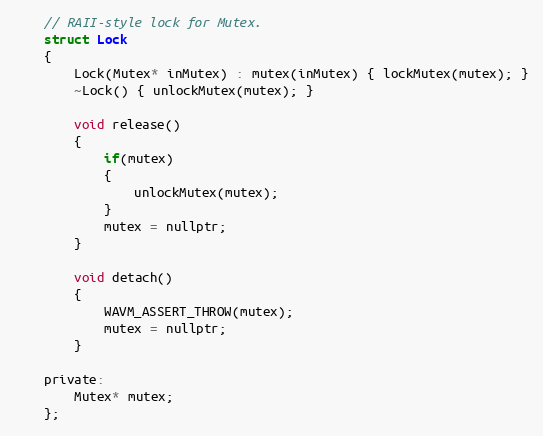
Language: C
	// RAII-style lock for Mutex.
	struct Lock
	{
		Lock(Mutex* inMutex) : mutex(inMutex) { lockMutex(mutex); }
		~Lock() { unlockMutex(mutex); }

		void release()
		{
			if(mutex)
			{
				unlockMutex(mutex);
			}
			mutex = nullptr;
		}

		void detach()
		{
			WAVM_ASSERT_THROW(mutex);
			mutex = nullptr;
		}

	private:
		Mutex* mutex;
	};